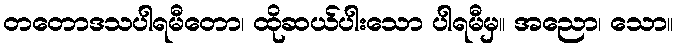
တတောဒသပါရမီတော၊ ထိုဆယ်ပါးသော ပါရမီမှ။ အညော၊ သော။